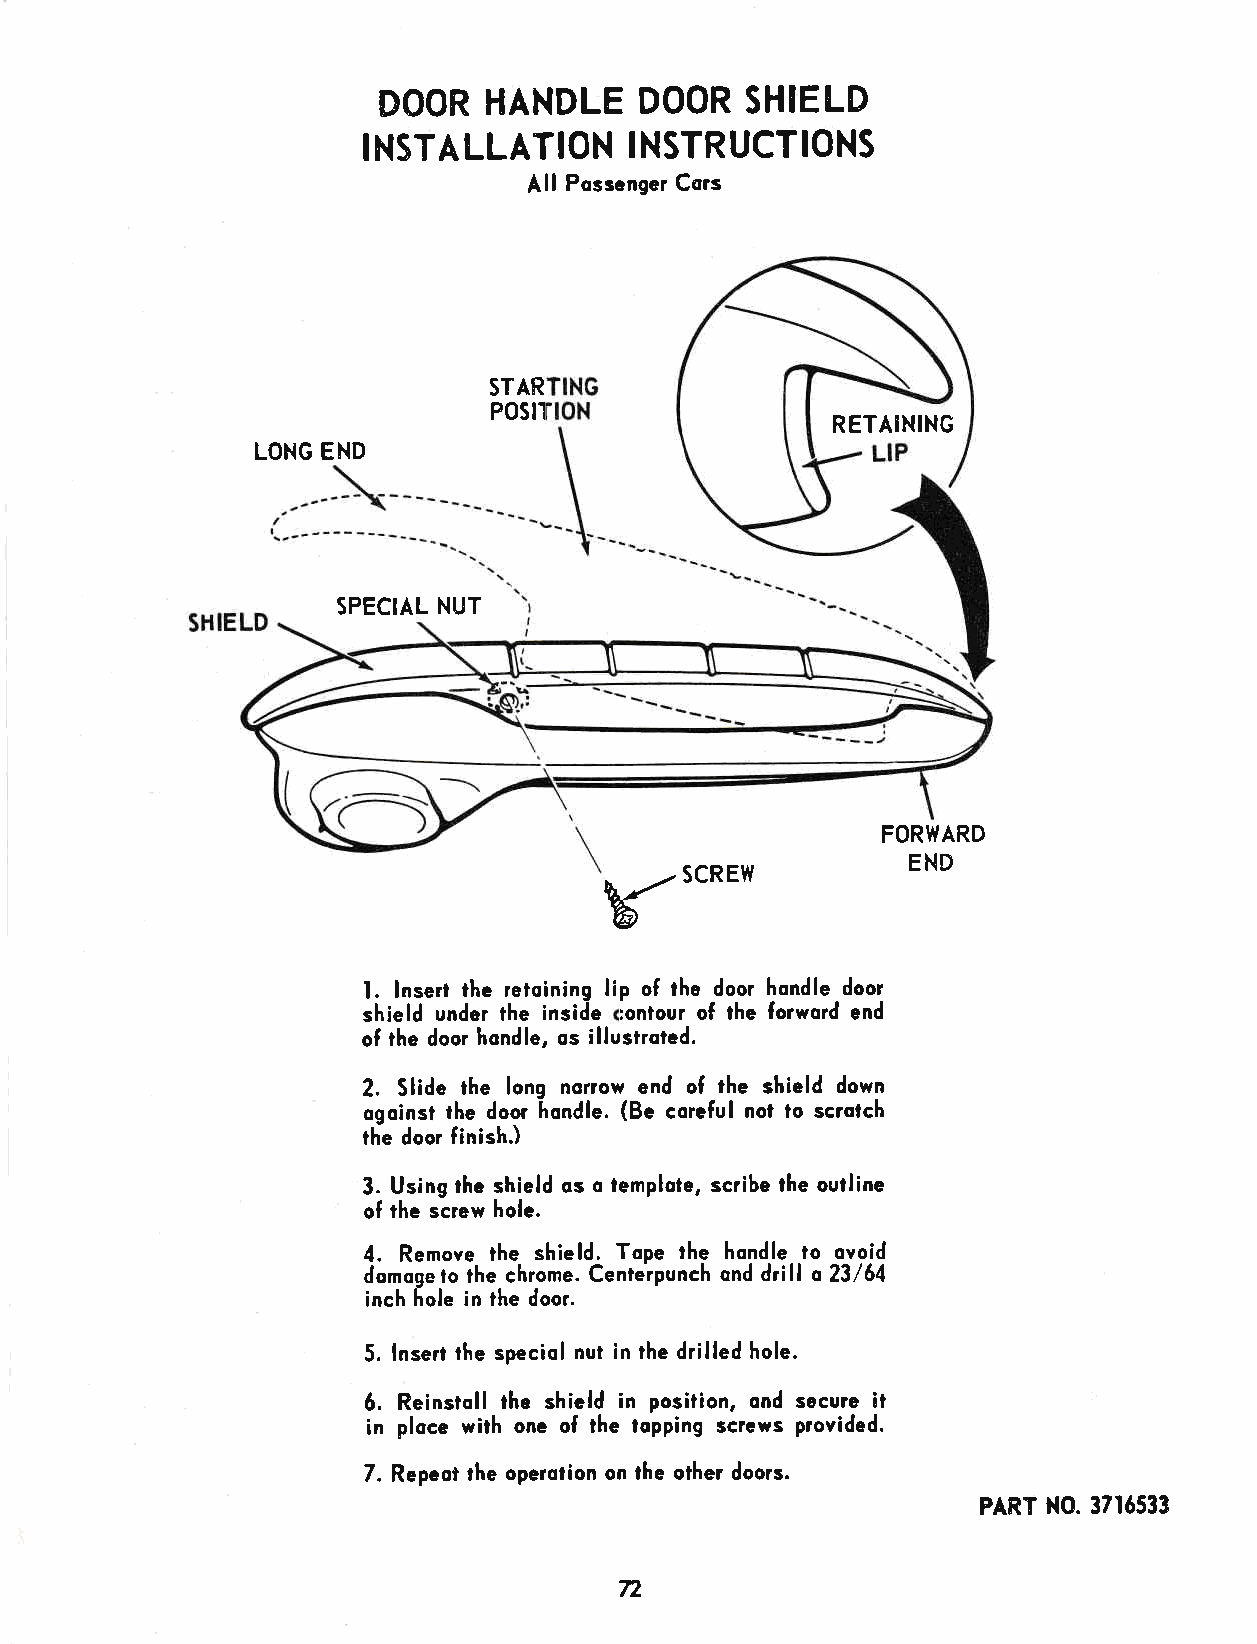
DOOR   IIANDLE   DOOR   SHIELD
 !NSTALLATION      INSTRUCTIONS
 All Possenger Cors
 SSTTAR
 Posn'l
 RETAINING
 LONG END
 SPECIAL NUT
 FORWARD
 END
 SCREW
 {
 l. tnseri the retoining lip of the door hondle door
 shield under the inside :onlour of the forword end
 of the door hondle, os illustroted.
 2. Slide the long norrow end of the shield down
 ogoinst the door hondle. (Be coreful noi lo scrolch
 the door finish.)
 3. Using the shield os o templote, scribe the outline
 of the sgew hole.
 4. Remove the shield. Tope the hondle to ovoid
 domogeto the chrome. Centerpunch ond drill o23/64
 inch hole in the door.
 5. lnseri the speciol nut in the drilled hole.
 6. Reinstoll the shicld in position, ond secure il
 in ploce with one of the topping scrcws provided.
 7. Repeor the operolion on the olher doors.
 PART N0. 3716533
 72